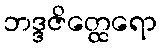
ဘဒ္ဒဇိတ္ထေရော